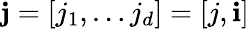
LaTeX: \mathbf{j}=\left[j_{1},\ldots j_{d}\right]=\left[j,\mathbf{i}\right]